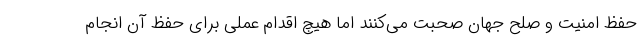
حفظ امنیت و صلح جهان صحبت می‌کنند اما هیچ اقدام عملی برای حفظ آن انجام